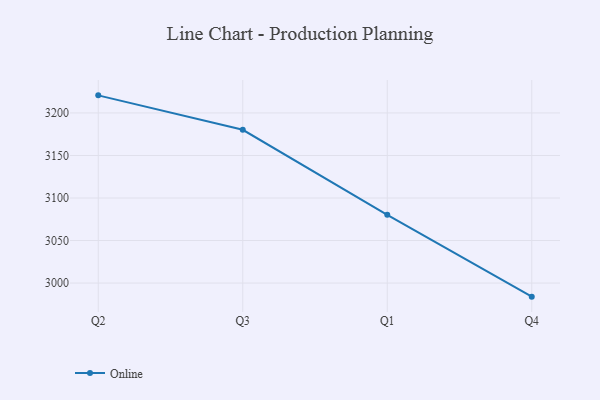
{"axis": {"x": "Quarter", "y": "Operating Costs (USD K)"}, "legend": ["Online"], "data": [{"x": "Q2", "y": 3220.7, "type": "Online"}, {"x": "Q3", "y": 3180.2, "type": "Online"}, {"x": "Q1", "y": 3080.2, "type": "Online"}, {"x": "Q4", "y": 2984.0, "type": "Online"}]}